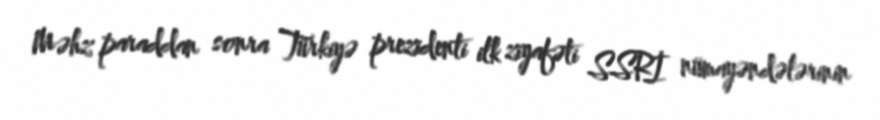
Məhz paraddan sonra Türkiyə prezidenti ilk ziyafəti SSRİ nümayəndələrinin